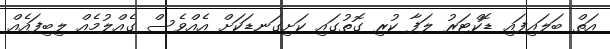
އަތް ބަލައިފައި ޑޮކްޓަރު ލަފާ ކުރި ގޮތުގައި ކަށިގަނޑަކަށް އެއްވެސް ގެއްލުމެއް ލިބިފައެއް